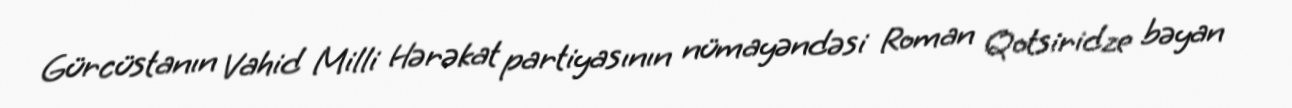
Gürcüstanın Vahid Milli Hərəkat partiyasının nümayəndəsi Roman Qotsiridze bəyan